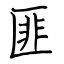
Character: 匪